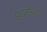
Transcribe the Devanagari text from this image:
झाइनफेल्ड